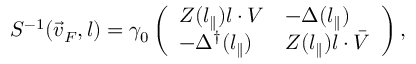
S ^ { - 1 } ( \vec { v } _ { F } , l ) = \gamma _ { 0 } \left( \begin{array} { l l } { { Z ( l _ { \parallel } ) l \cdot V } } & { { - \Delta ( l _ { \parallel } ) } } \\ { { - \Delta ^ { \dagger } ( l _ { \parallel } ) } } & { { Z ( l _ { \parallel } ) l \cdot \bar { V } } } \end{array} \right) ,